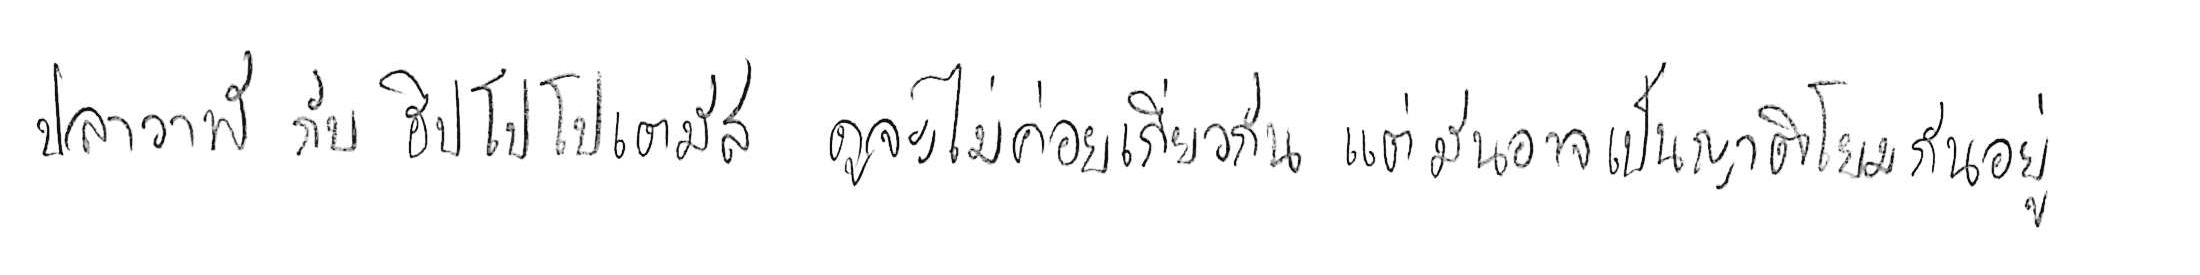
ปลาวาฬ กับ ฮิปโปโปเตมัส ดูจะไม่ค่อยเกี่ยวกัน แต่มันอาจเป็นญาติโยมกันอยู่